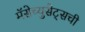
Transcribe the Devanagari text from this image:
मॅसेच्युसेट्सची